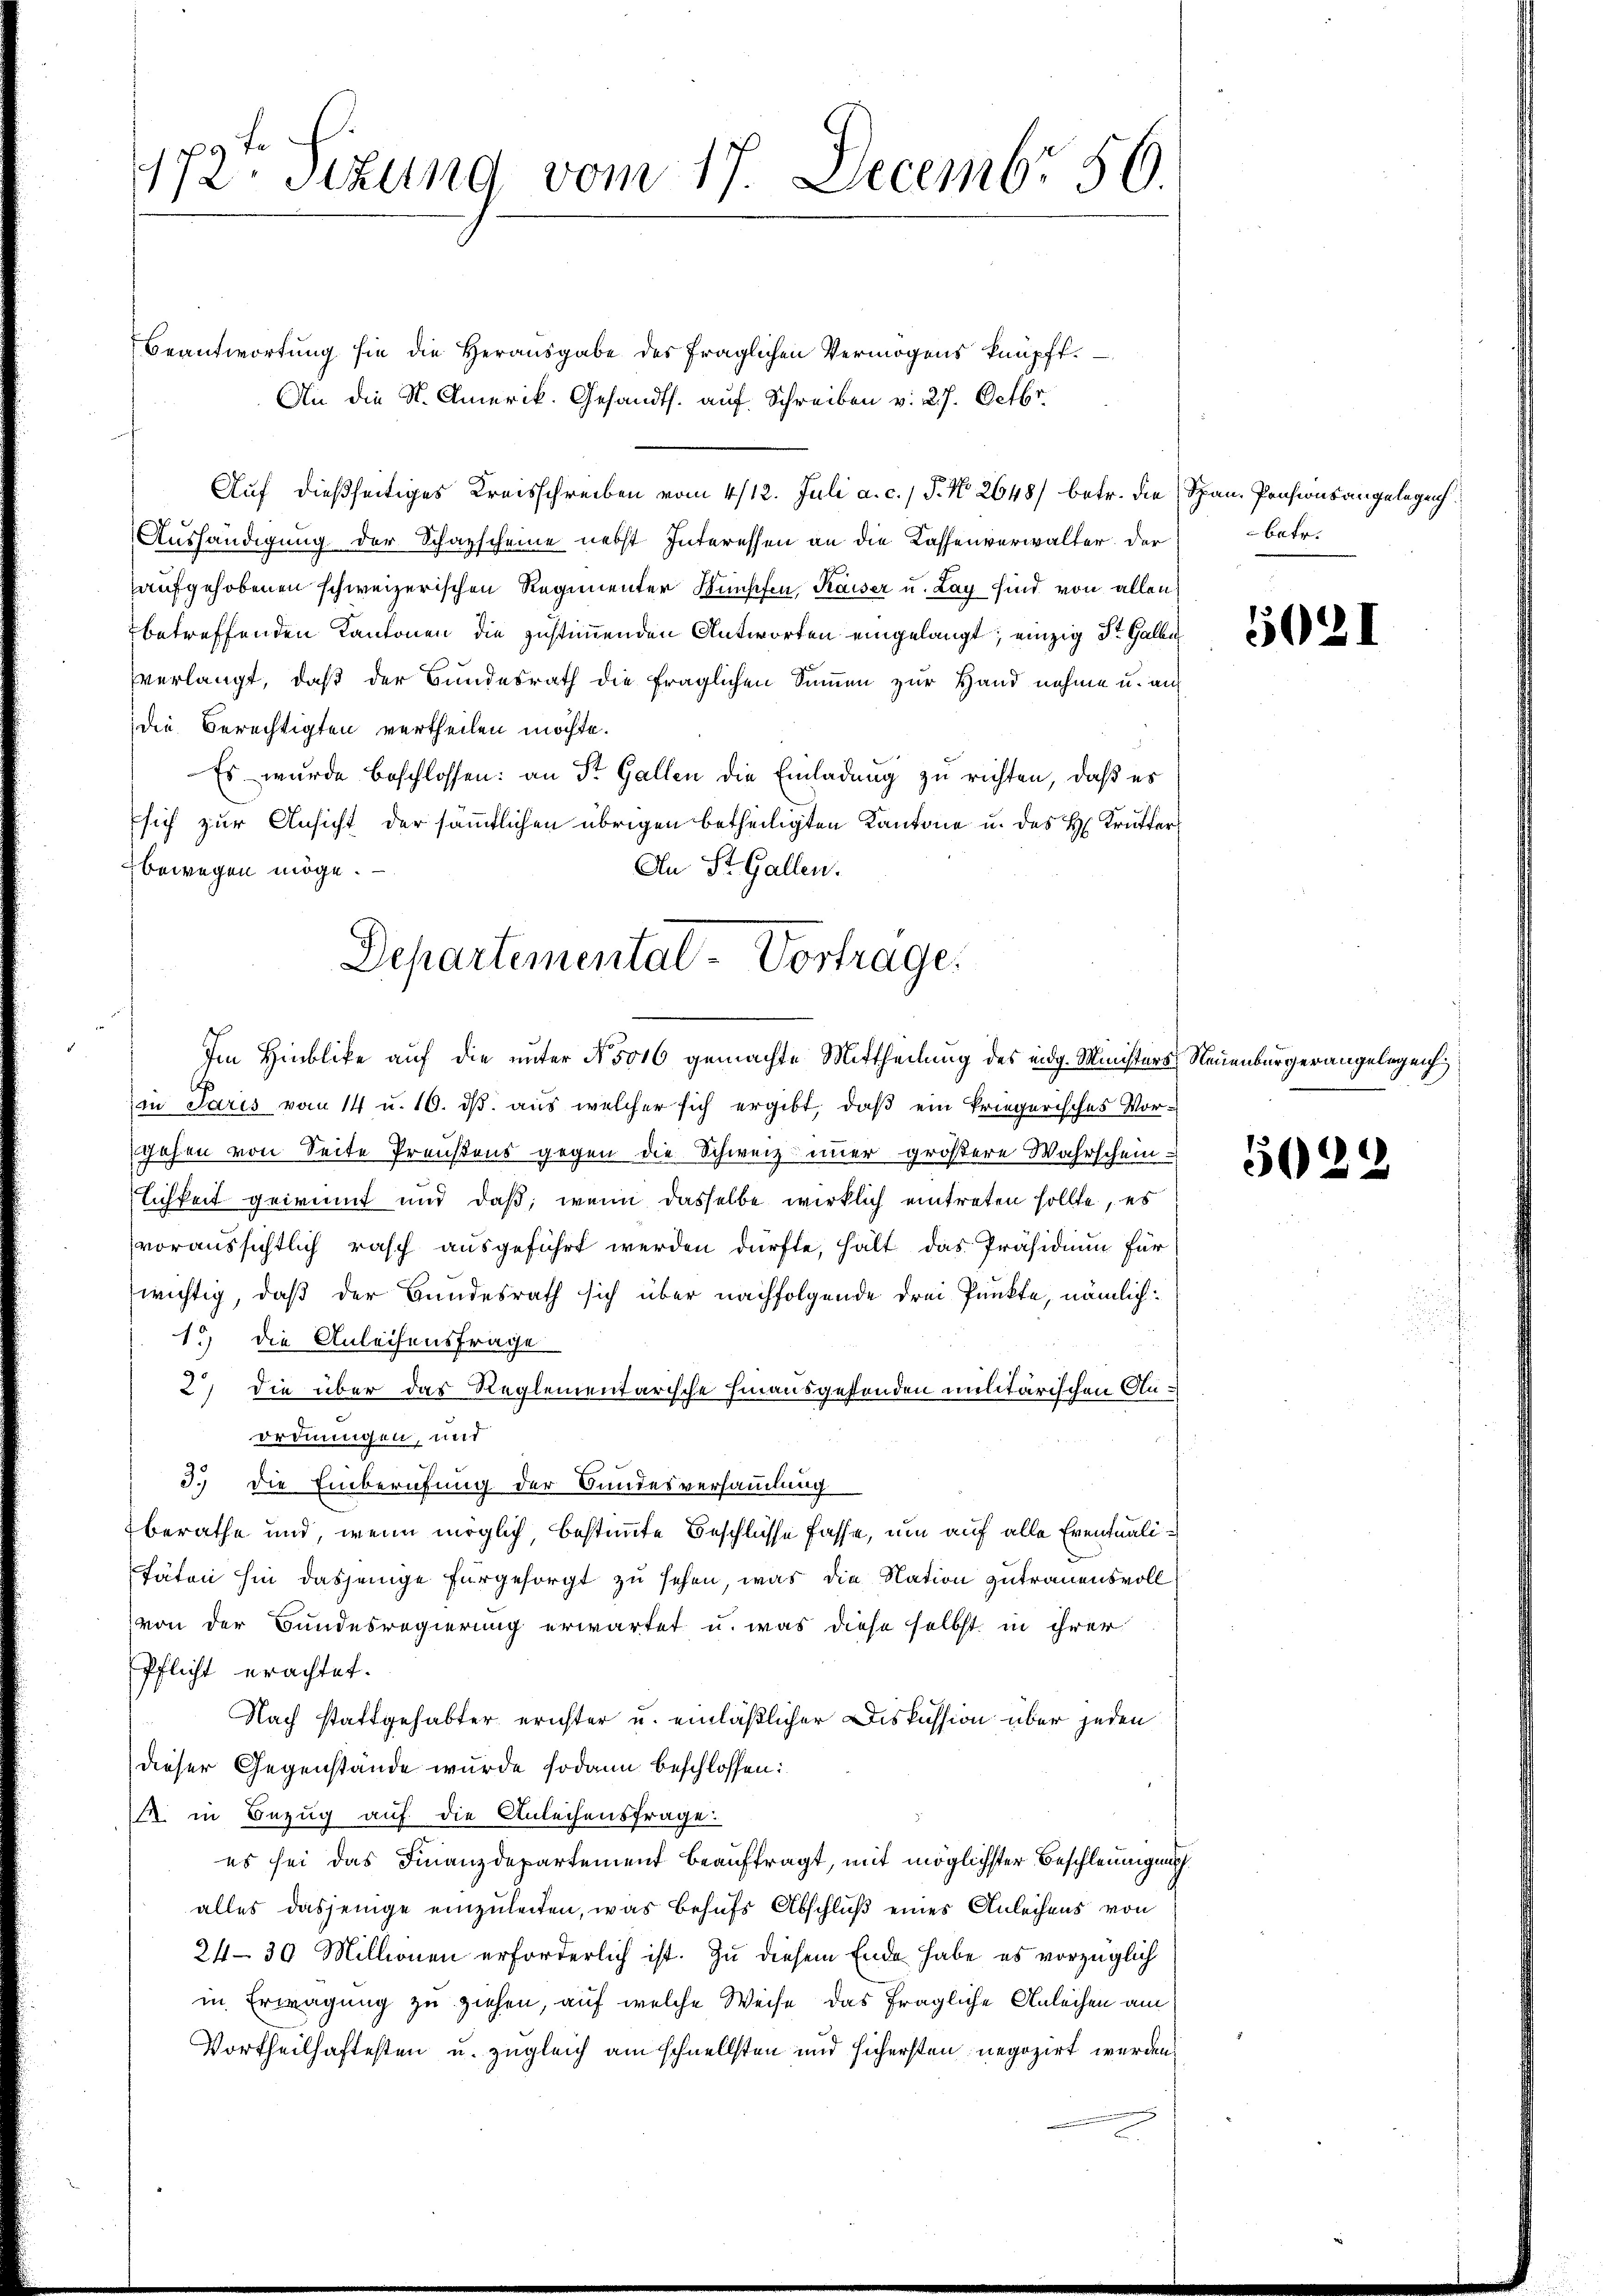
172te Sizung vom 17. Decembr 56.

Beantwortung sie die Herausgabe des fraglichen Vermögens knüpft.
An die St. Amerik. Gesandts. auf Schreiben v. 27. Octbr.
Auf dießseitiges Kreisschreiben vom 4/12. Juli a. c. 1 P. No 2648/ betr. die Span Pensionsangelegen
Aushändigung der Schazscheine nebst Interessen an die Kassenverwalter. Der
aufgehobenen schweizerischen Regimenter Wunschen, Kaiser u. Lag sind von allen
betreffenden Kantonen die zustimmenden Antworten eingelangt; einzig St. Galle
verlangt, daß der Bundesrath die fraglichen Summen zur Hand nehme u. auf
die Berechtigten vertheilen möchte.
Es wurde beschlossen: an St. Gallen die Einladung zu richten, daß es
sich zur Ansicht der sämmtlichen übrigen betheiligten Kantone u. des H: Krütter
An St. Gallen.
bewegen möge. —
in Paris vom 14 u. 10. ds. aus welcher sich ergibt, daß ein kriegerisches Vorgehen von Seite Preußens gegen die Schweiz immer größere Wahrschein-
lichkeit gewinnt und daß, wenn dasselbe wirklich eintreten sollte, es
voraussichtlich rasch ausgeführt werden dürfte, hält das Präsidium für
wichtig, daß der Bundesrath sich über nachfolgende drei Punkte, nämlich:
1.) die Anleisensfrage
2) die über das Reglementarische hinausgestenden militärischen Anordnungen, und
3.) Die Einberufung der Bundesversammlung
berathe und, wenn möglich, bestimmte Beschlüsse fasse, um auf alle Eventualitäten hin dasjenige fürgesorgt zu sehen, was die Nation zutrauensvoll
von der Bundesregierung erwartet u. was diese selbst in ihrer
Pflicht erachtet.
Nach stattgehabter erichter u. einläßlicher Diskussion über jeden
dieser Gegenstände wurde sodann beschlossen:
. in Bezug auf die Anleihensfrage.
es sei das Finanzdepartement beauftragt, mit möglichster Beschleunigung
alles dasjenige einzuleiten, was behufs Abschluß eines Anleihens von
24–30 Millionen erforderlich ist. Zu diesem Ende habe es vorzüglich
in Erwägung zu ziehen, auf welche Weise das fragliche Anleihen am
Vortheilhaftesten u. zugleich am schnellsten und sichersten negozirt werden.

Departemental-Vortrage.
Im Hinblicke auf die unter No 5006 gemachte Mittheilung des eidg. Ministers Neuenburgerangelegen

batr.

562.

5029